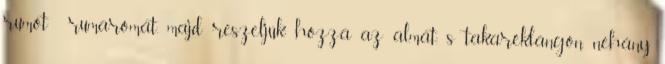
rumot rumaromát, majd reszeljük hozzá az almát, s takaréklángon néhány